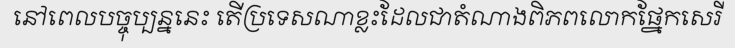
នៅពេលបច្ចុប្បន្ននេះ តើប្រទេសណាខ្លះដែលជាតំណាងពិភពលោកផ្នែកសេរី